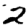
Digit: 2